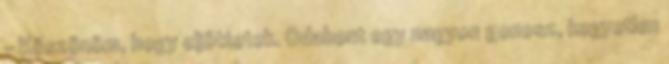
- Köszönöm, hogy eljöttetek. Odabent egy nagyon gonosz, kegyetlen